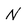
Character: N